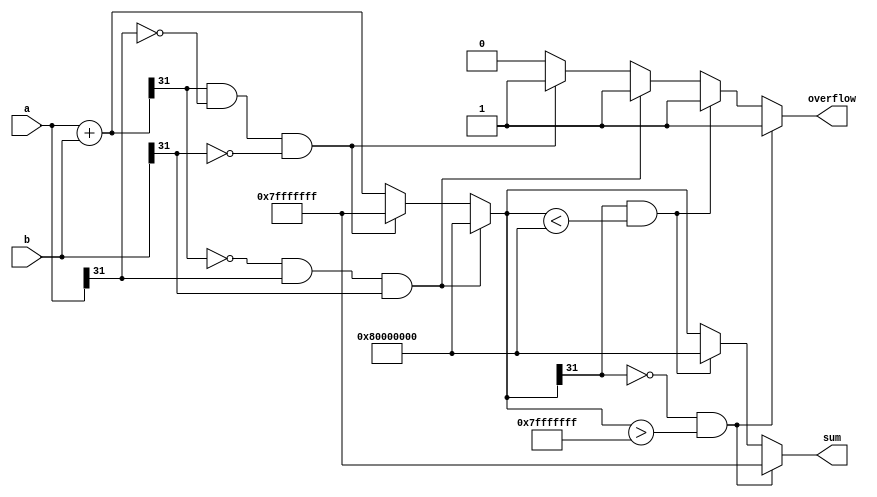
module L_add(a,b,overflow,sum);

input [31:0] a,b;
output overflow;
output [31:0] sum;

wire signed [31:0] a,b;
reg overflow;
reg signed [31:0] sum;
reg signed [31:0] temp;

parameter MIN_32 = 32'h8000_0000;
parameter MAX_32 = 32'h7fff_ffff;

always @(*) begin

	overflow = 0;	
	temp = a+b;
	
    if ((temp[31] ==0) && (a[31] == 1) && (b[31] == 1)) // neg+neg=pos NOT ALLOWED
	 begin
      temp = 32'h8000_0000;
		overflow = 1;
	 end
    else if ((temp[31] == 1) && (a[31] == 0) && (b[31] == 0)) // pos+pos=neg NOT ALLOWED
	 begin
      temp = 32'h7fff_ffff;
		overflow = 1;
	 end
    
	 
	if((temp[31] == 0) && (temp > MAX_32))
	begin
		temp = MAX_32;
		overflow = 1;
	end

	else if((temp[31] == 1) && (temp < MIN_32))
	begin
		temp = MIN_32;
		overflow = 1;
	end

	sum = temp;
end //end always



endmodule